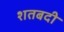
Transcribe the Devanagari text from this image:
शतबदी